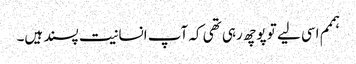
ہممم اسی لیے تو پوچھ رہی تھی کہ آپ انسانیت پسند ہیں۔